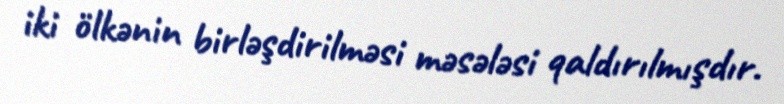
iki ölkənin birləşdirilməsi məsələsi qaldırılmışdır.